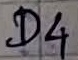
Text: D4